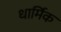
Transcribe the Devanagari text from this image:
धार्मिक